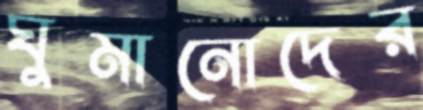
ঘুমানোদের